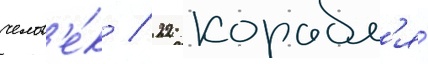
челов'е́к / 22 корабл'я́